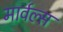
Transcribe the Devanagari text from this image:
मार्वल्स